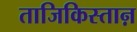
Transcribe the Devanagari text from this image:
ताजिकिस्ताऩ